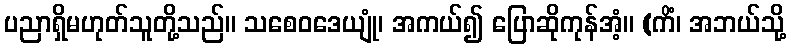
ပညာရှိမဟုတ်သူတို့သည်။ သစေဝဒေယျုံ၊ အကယ်၍ ပြောဆိုကုန်အံ့။ (ကိံ၊ အဘယ်သို့